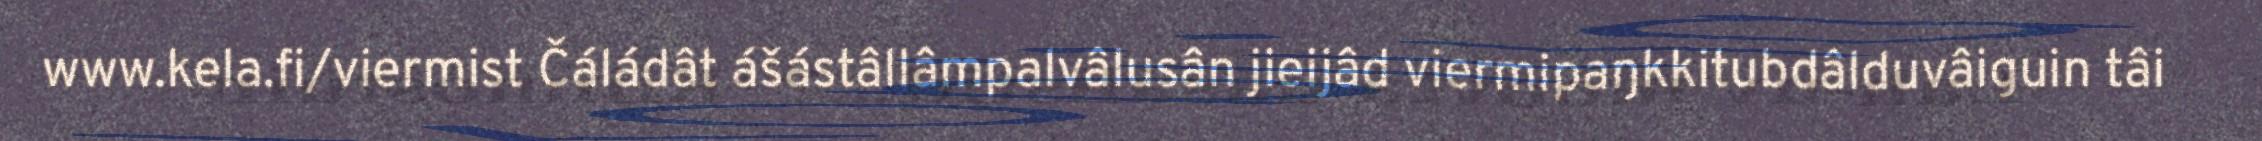
www.kela.fi/viermist Čáládât ášástâllâmpalvâlusân jieijâd viermipaŋkkitubdâlduvâiguin tâi